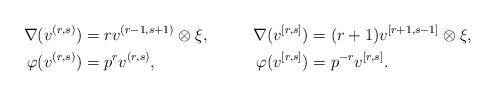
LaTeX: \begin{align*} \nabla(v^{(r,s)}) &= r v^{(r-1,s+1)} \otimes \xi, & \nabla(v^{[r,s]}) &= (r + 1) v^{[r+1,s-1]} \otimes \xi, \\ \varphi(v^{(r,s)}) &= p^r v^{(r,s)}, & \varphi(v^{[r,s]}) &= p^{-r} v^{[r,s]}.\\ \end{align*}